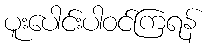
ပူးပေါင်းပါဝင်ကြရန်